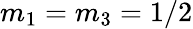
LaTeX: m_{1}=m_{3}=1/2